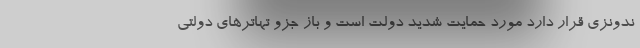
ندونزی قرار دارد مورد حمایت شدید دولت است و باز جزو تهاترهای دولتی